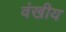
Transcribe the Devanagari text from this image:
वंखीय